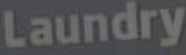
Laundry